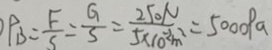
P _ { B } = \frac { F } { S } = \frac { G } { S } = \frac { 2 5 0 N } { 5 \times 1 0 ^ { 2 } m ^ { 2 } } = 5 0 0 0 p a